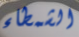
الشمطاء